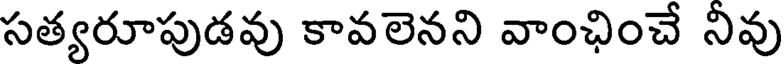
సత్యరూపుడవు కావలెనని వాంఛించే నివు